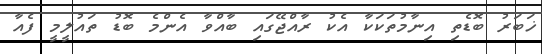
ޚަބަރު ބޮޑެތި އިނާމުތަކަކާ އެކު ރާއްޖޭގައި ބާއްވާ އެންމެ ބޮޑު ތައުލީމީ ފެއާ